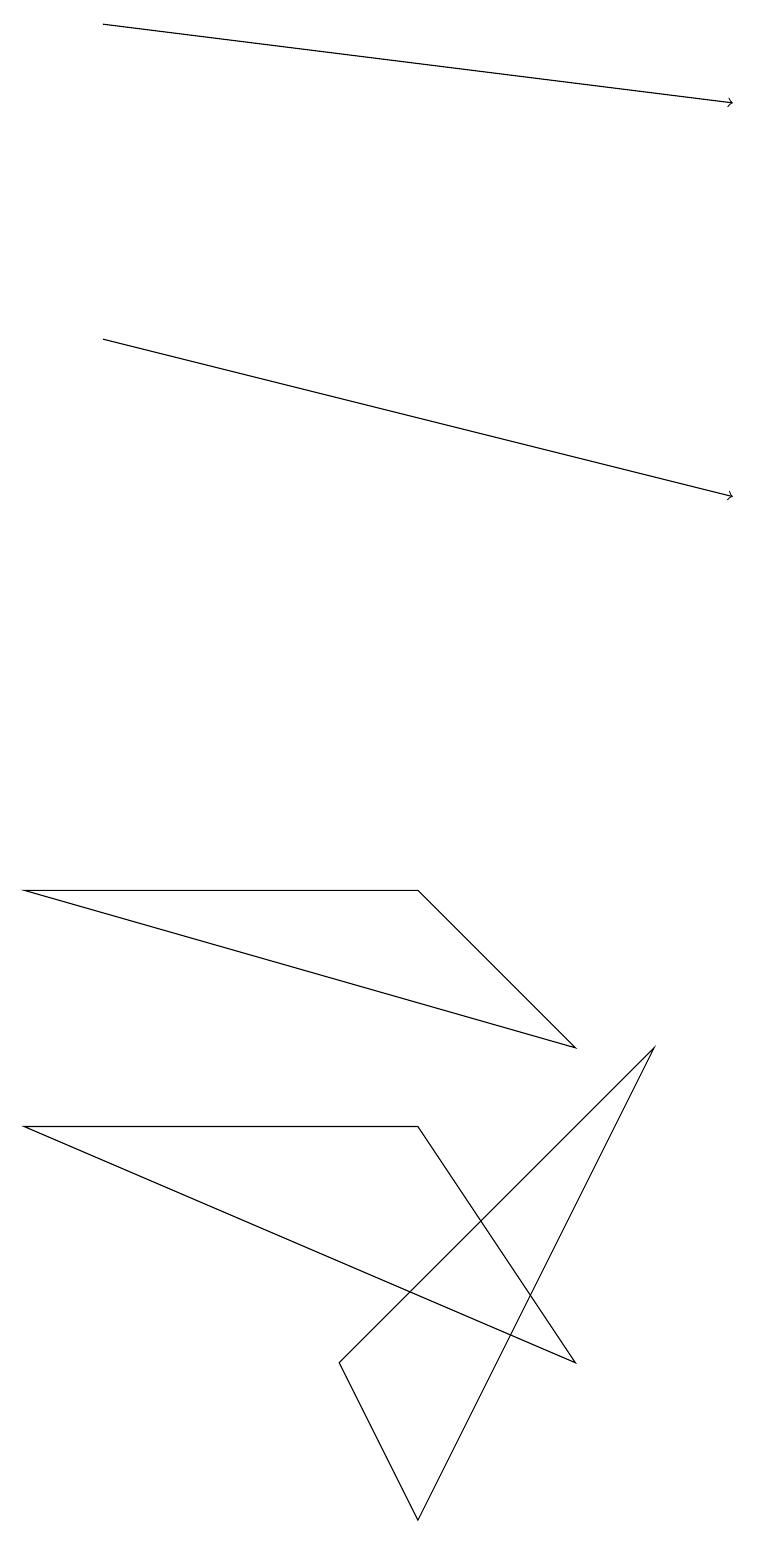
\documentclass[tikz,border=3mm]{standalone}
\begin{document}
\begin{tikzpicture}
\draw (0,5) -- (5,5) -- (7,2) -- cycle;
\draw[->] (1,19) -- (9,18);
\draw[->] (1,15) -- (9,13);
\draw (4,2) -- (8,6) -- (5,0) -- cycle;
\draw (5,8) -- (7,6) -- (0,8) -- cycle;
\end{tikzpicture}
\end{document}